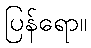
ပြန်ရော။